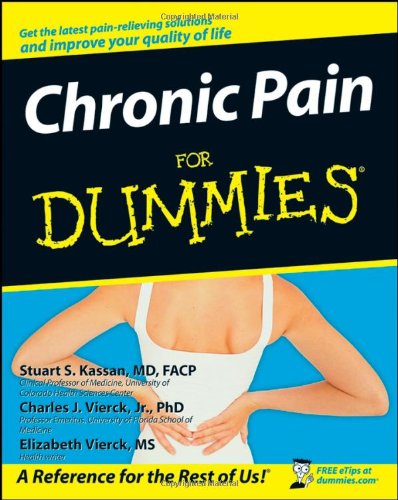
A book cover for Chronic Pain For Dummies; Stuart S Kassan; Health, Fitness & Dieting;